Language: tamil
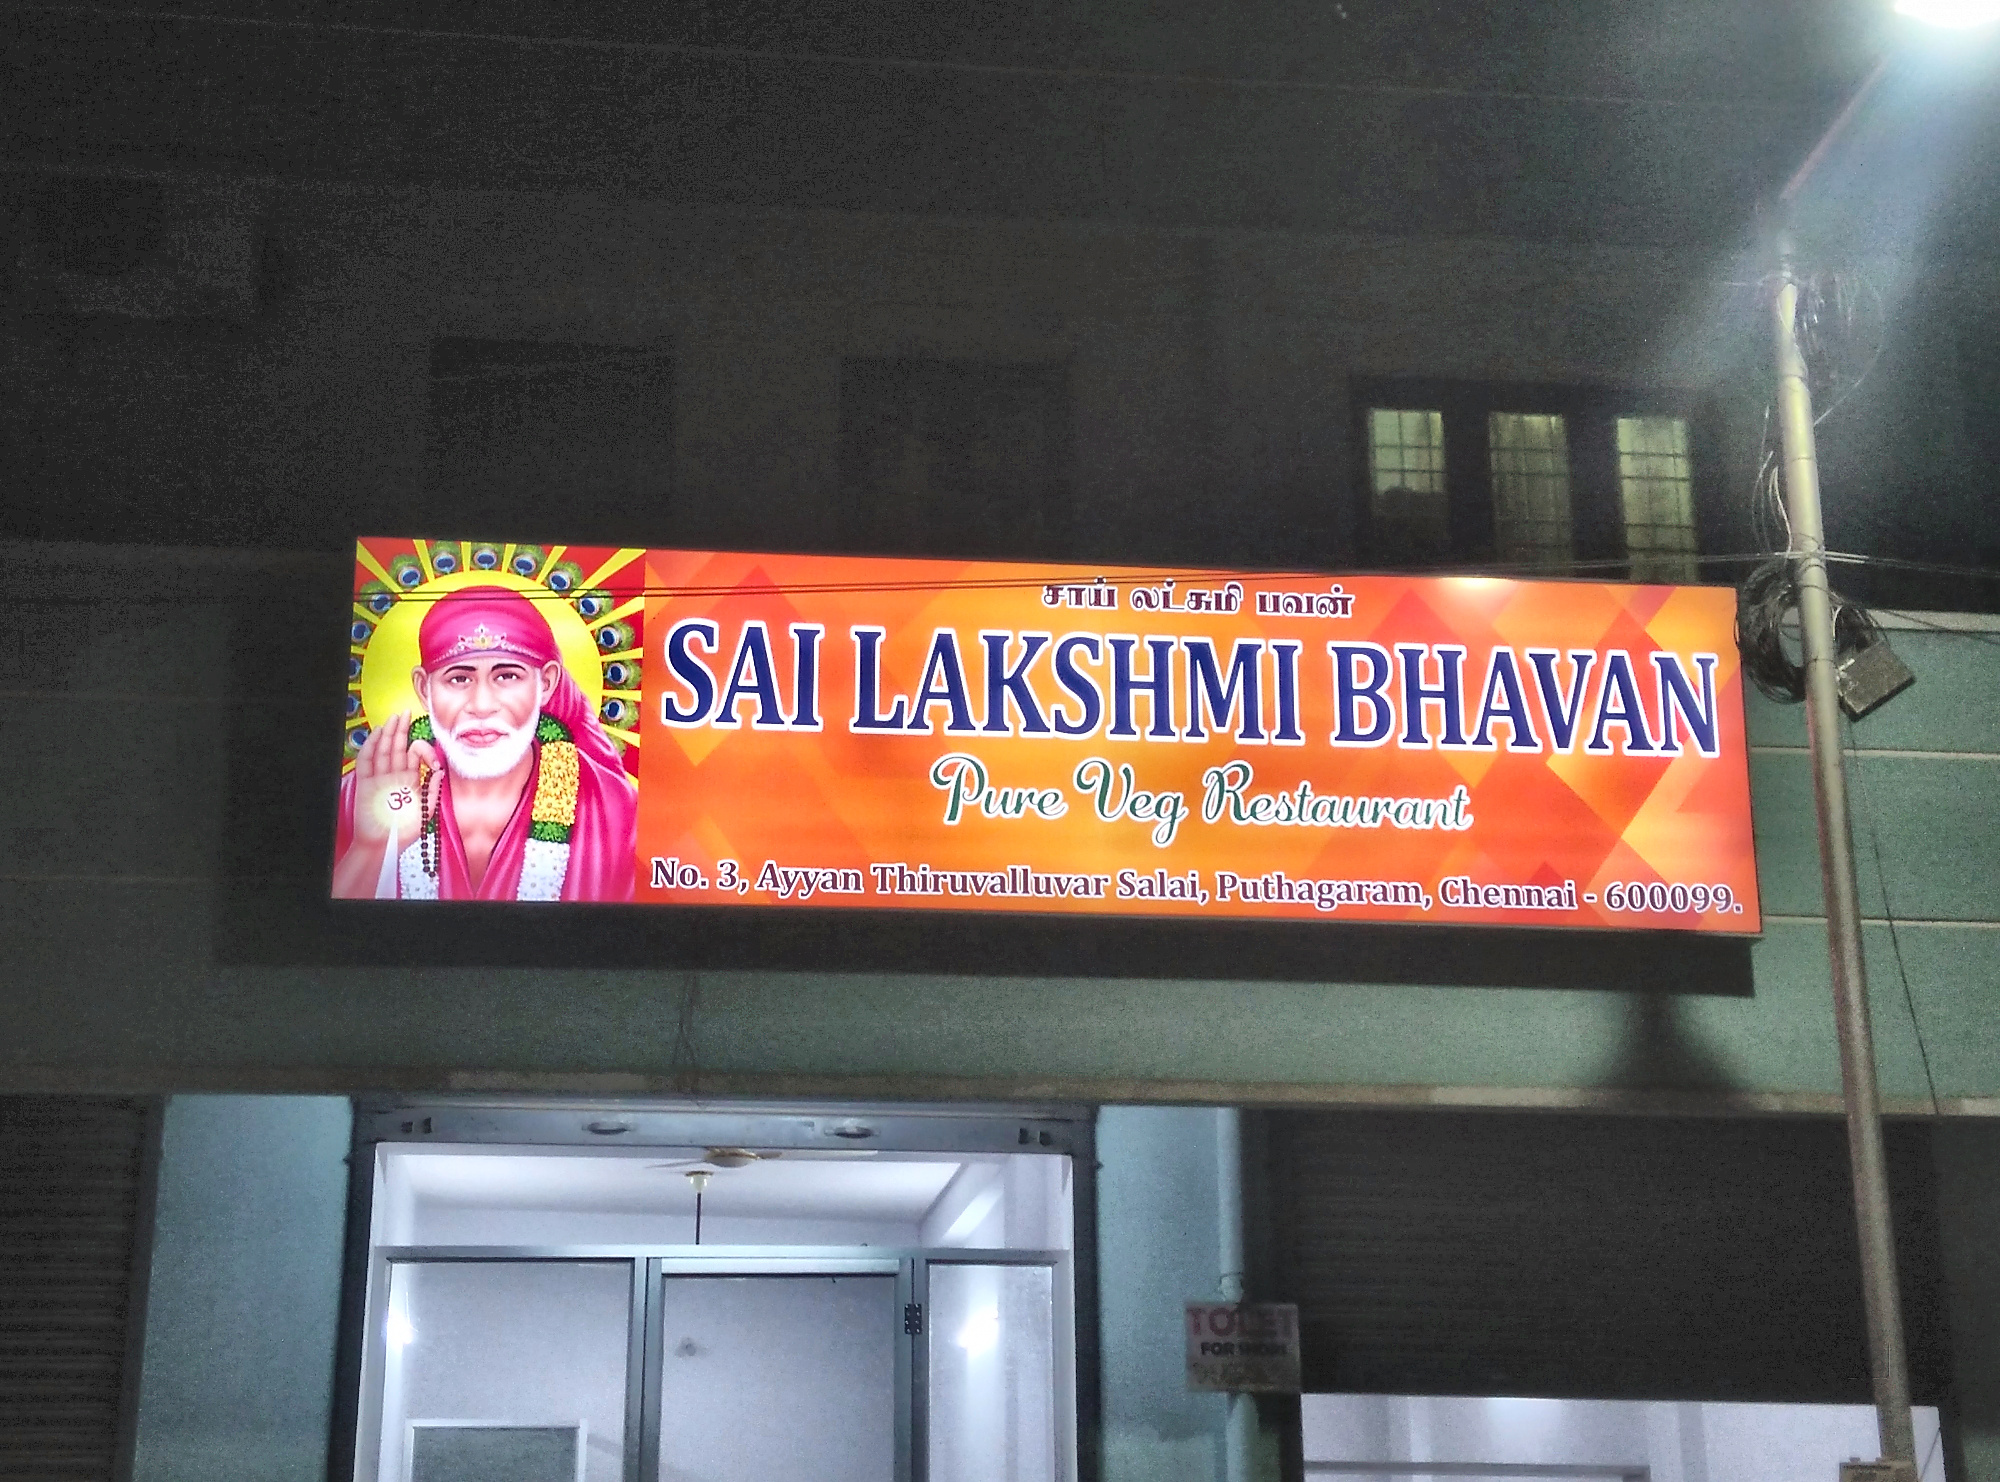
Transcription: சாய் பவன் லட்சுமி